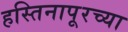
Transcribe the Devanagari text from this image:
हस्तिनापूरच्या